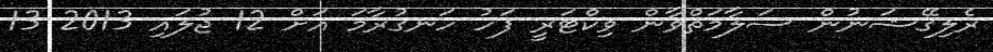
ރެލިގޭޝަނުން ސަލާމަތްވާން ވިކްޓަރީ ފަހު ހަނގުރާމަ އަށް 12 ޖުލައި 2013 13